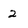
Character: 2